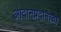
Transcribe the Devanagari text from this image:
आदानप्रदानाचा